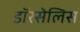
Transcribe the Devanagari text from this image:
डॉरसेलिस